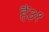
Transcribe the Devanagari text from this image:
हैं३१